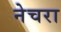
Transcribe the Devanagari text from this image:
नेचरा